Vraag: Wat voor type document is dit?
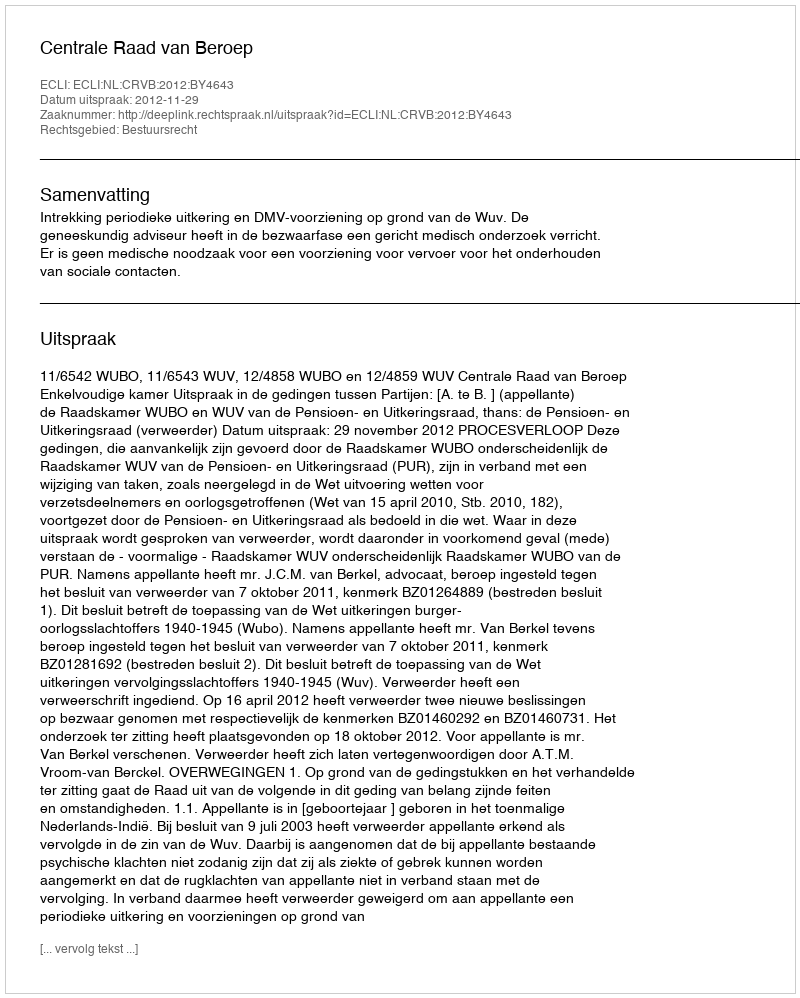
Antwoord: Uitspraak